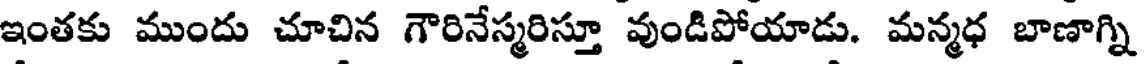
ఇంతకు ముందు చూచిన గౌరినేస్మరిస్తూ వుండిపోయాడు. మన్మధ బాణాగ్ని